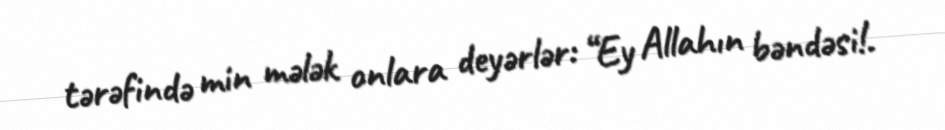
tərəfində min mələk onlara deyərlər: “Ey Allahın bəndəsi!.